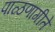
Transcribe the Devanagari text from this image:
पाळणागीते